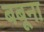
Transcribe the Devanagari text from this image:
बबूना